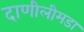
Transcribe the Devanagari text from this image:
दाणीलीमडा